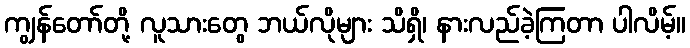
ကျွန်တော်တို့ လူသားတွေ ဘယ်လိုများ သိရှိ၊ နားလည်ခဲ့ကြတာ ပါလိမ့်။